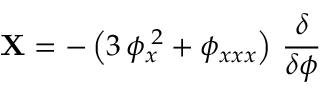
{ \bf X } = - \left( 3 \, \phi _ { x } ^ { \; 2 } + \phi _ { x x x } \right) \, \frac { \delta } { \delta \phi }